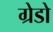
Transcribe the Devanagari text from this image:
ग्रेडो